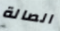
الصالة